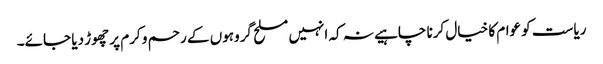
ریاست کو عوام کا خیال کرنا چاہیے نہ کہ انہیں مسلح گروہوں کے رحم و کرم پر چھوڑ دیا جائے۔